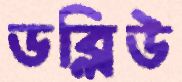
ডব্লিউ